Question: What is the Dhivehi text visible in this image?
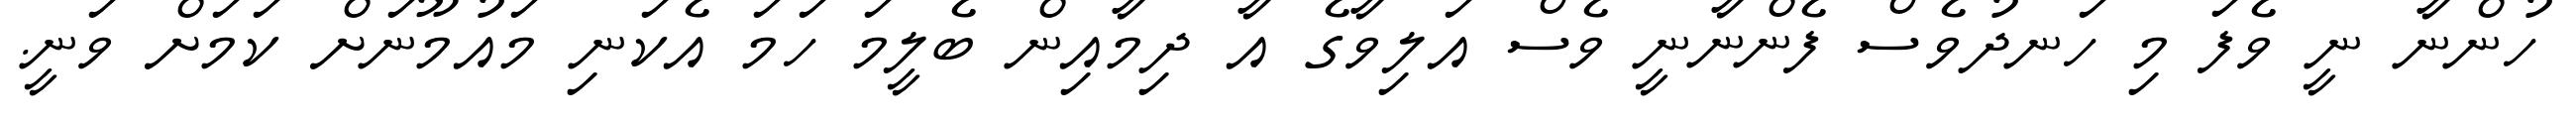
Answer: ހުންނާ ނީ ވެފަ މި ހަނދުވެސް ފެންނާނީ ވެސް އަލިވާގެ އާ ދިމާއިން ބެލީމަ ހަމަ އެކަނި މައުމޫނަށް ކަމަށް ވަނީ.